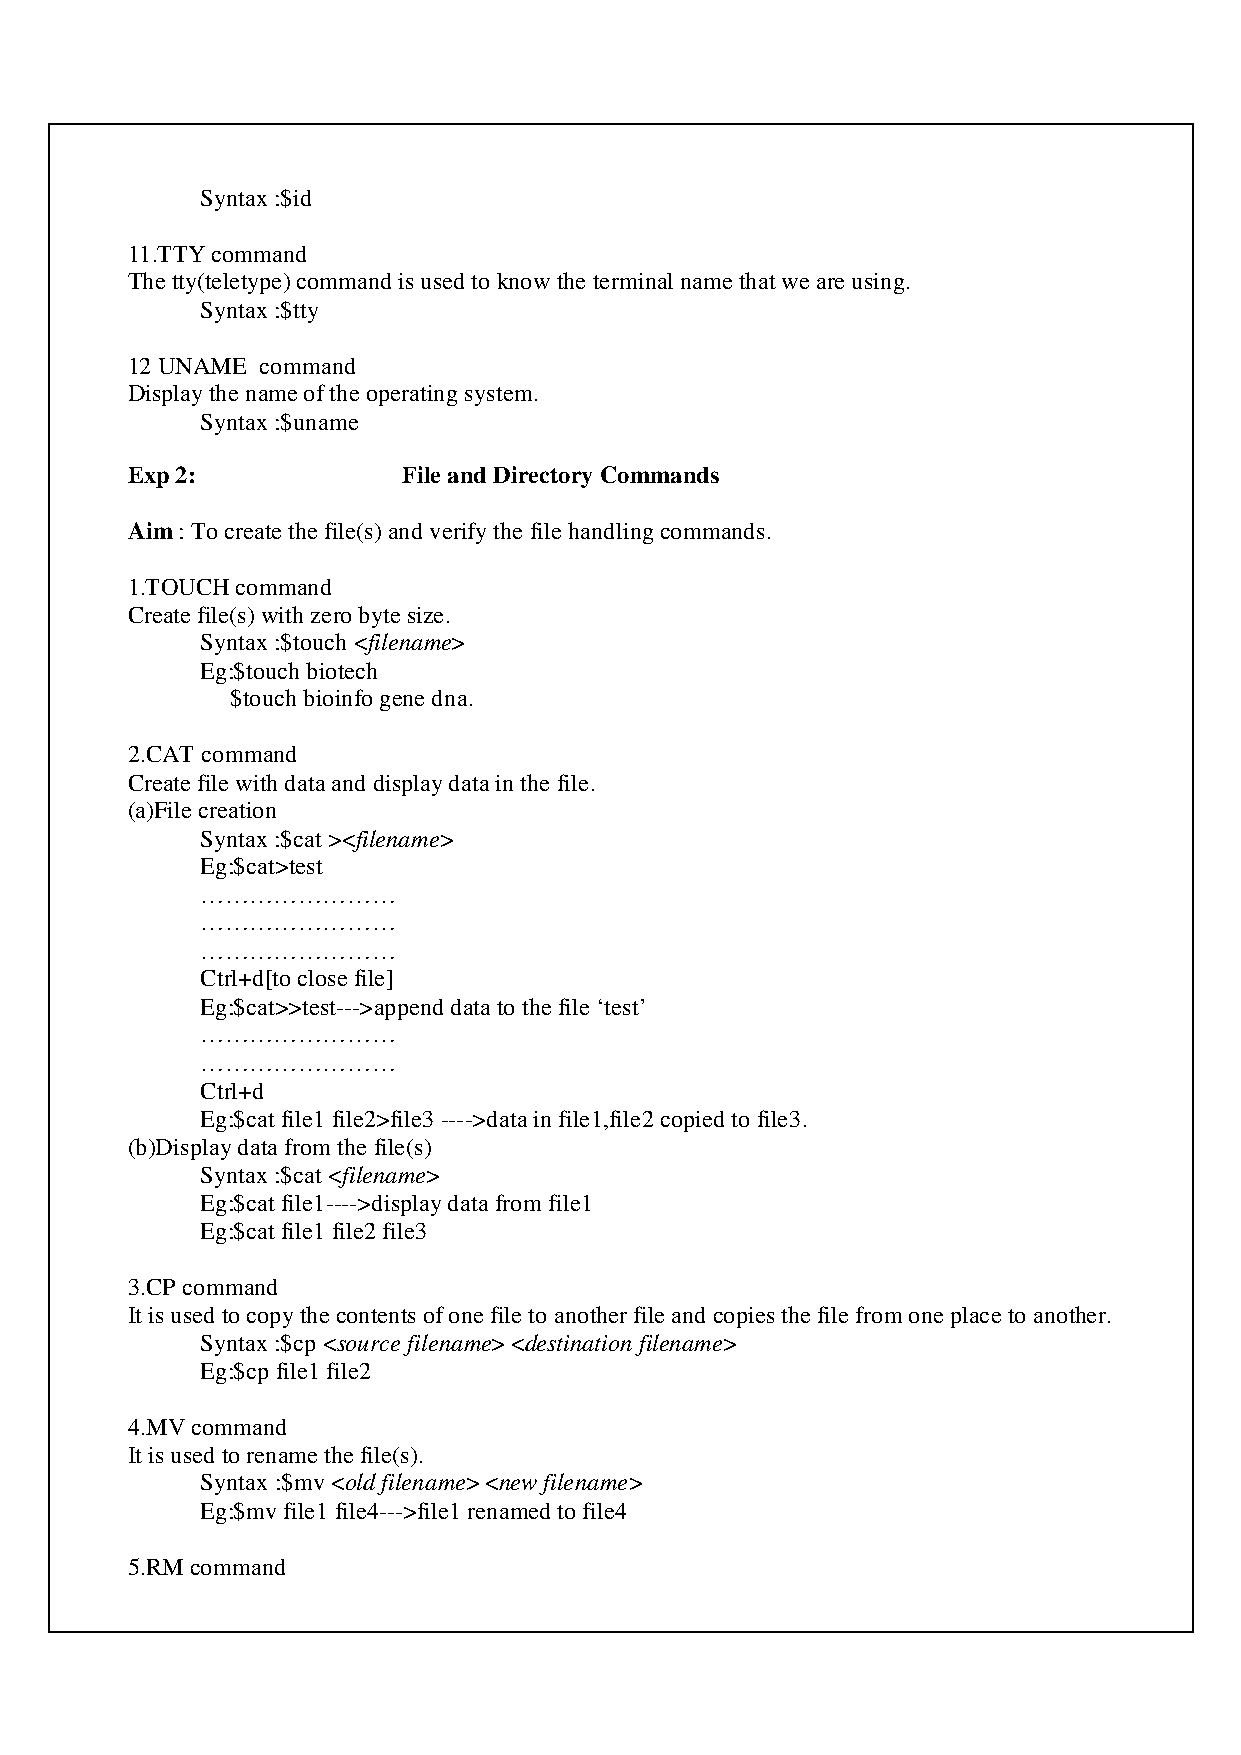
Syntax :$id
 11.TTY command
 The tty(teletype) command is used to know the terminal name that we are using.
 Syntax :$tty
 12 UNAME command
 Display the name of the operating system.
 Syntax :$uname
 Exp 2:             File and Directory Commands
 Aim : To create the file(s) and verify the file handling commands.
 1.TOUCH command
 Create file(s) with zero byte size.
 Syntax :$touch <filename>
 Eg:$touch biotech
 $touch bioinfo gene dna.
 2.CAT command
 Create file with data and display data in the file.
 (a)File creation
 Syntax :$cat ><filename>
 Eg:$cat>test
 ……………………
 ……………………
 ……………………
 Ctrl+d[to close file]
 Eg:$cat>>test--->append data to the file ‘test’
 ……………………
 ……………………
 Ctrl+d
 Eg:$cat file1 file2>file3 ---->data in file1,file2 copied to file3.
 (b)Display data from the file(s)
 Syntax :$cat <filename>
 Eg:$cat file1---->display data from file1
 Eg:$cat file1 file2 file3
 3.CP command
 It is used to copy the contents of one file to another file and copies the file from one place to another.
 Syntax :$cp <source filename> <destination filename>
 Eg:$cp file1 file2
 4.MV command
 It is used to rename the file(s).
 Syntax :$mv <old filename> <new filename>
 Eg:$mv file1 file4--->file1 renamed to file4
 5.RM command